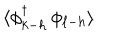
\langle \phi _ { k - h } ^ { \dagger } \, \phi _ { \ell - h } \rangle